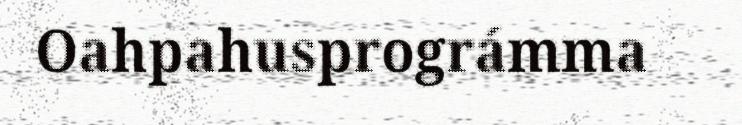
Oahpahusprográmma